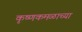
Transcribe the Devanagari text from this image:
कृष्णकमळाच्या